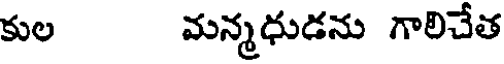
కుల మన్మధుడను గాలిచేత